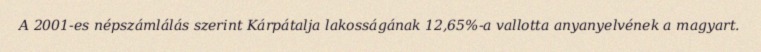
A 2001-es népszámlálás szerint Kárpátalja lakosságának 12,65%-a vallotta anyanyelvének a magyart.